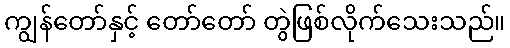
ကျွန်တော်နှင့် တော်တော် တွဲဖြစ်လိုက်သေးသည်။